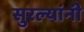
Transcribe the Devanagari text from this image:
सुरल्यांनी